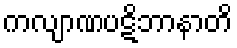
ကလျာဏပဋိဘာနာတိ